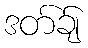
ဒတ်ခ်ျ